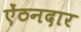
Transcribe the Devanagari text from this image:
ऐंठनदार